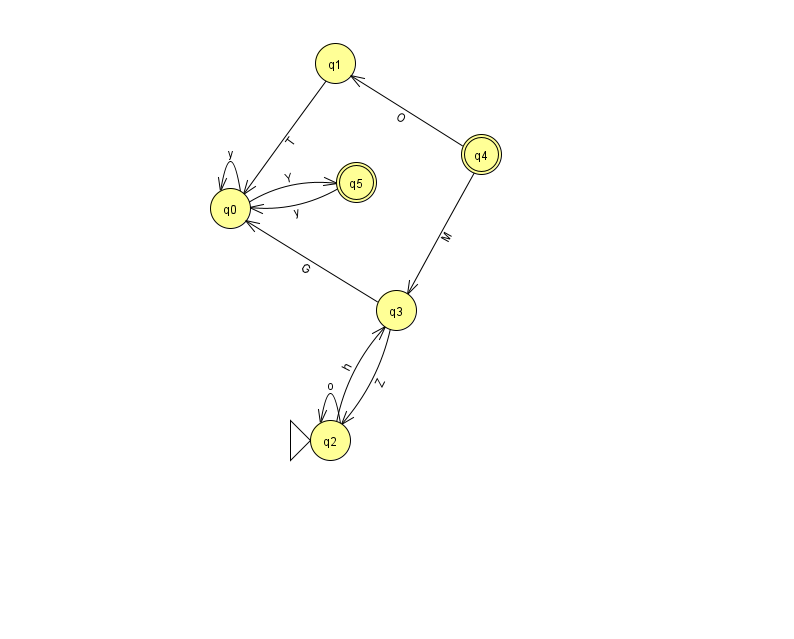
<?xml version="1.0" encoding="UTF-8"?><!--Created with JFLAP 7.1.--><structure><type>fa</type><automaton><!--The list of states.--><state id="0" name="q0"><x>230.0</x><y>195.0</y></state><state id="1" name="q1"><x>335.0</x><y>50.0</y></state><state id="2" name="q2"><x>330.0</x><y>427.0</y><initial/></state><state id="3" name="q3"><x>396.0</x><y>297.0</y></state><state id="4" name="q4"><x>481.0</x><y>141.0</y><final/></state><state id="5" name="q5"><x>356.0</x><y>169.0</y><final/></state><!--The list of transitions.--><transition><from>3</from><to>2</to><read>Z</read></transition><transition><from>3</from><to>0</to><read>G</read></transition><transition><from>2</from><to>3</to><read>h</read></transition><transition><from>4</from><to>3</to><read>M</read></transition><transition><from>0</from><to>0</to><read>y</read></transition><transition><from>1</from><to>0</to><read>T</read></transition><transition><from>4</from><to>1</to><read>O</read></transition><transition><from>0</from><to>5</to><read>Y</read></transition><transition><from>2</from><to>2</to><read>o</read></transition><transition><from>5</from><to>0</to><read>y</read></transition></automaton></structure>